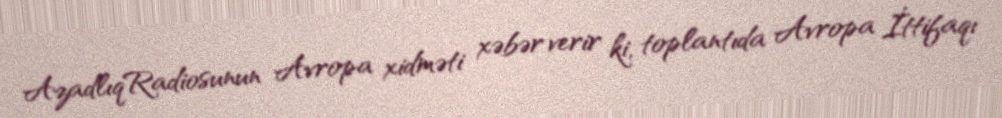
AzadlıqRadiosunun Avropa xidməti xəbər verir ki, toplantıda Avropa İttifaqı